system: You are a helpful assistant.
user:
Analyze the provided spectrum to determine if it is a **White Dwarf (WD)**.

A White Dwarf spectrum is defined by its **extreme purity** (due to gravitational settling) and/or **extreme pressure broadening** (due to high surface gravity). You must check for one of the following mutually exclusive signatures:

- **Key Visual Indicators (Check for ONE of these types):**

    - **1. DA-Type Signature (Most Common):**
        - **(Primary Feature):** Extreme pressure broadening (Stark broadening) of the **Hydrogen (H) Balmer lines**.
        - **(Key Lines):** $H\beta$ (approx. $4861$ Å) and $H\gamma$ (approx. $4340$ Å). $H\alpha$ (approx. $6563$ Å) will also be present if the wavelength range covers it.
        - **(Line Profile):** This is the **defining feature**. The lines are **NOT** sharp. They appear as massive, **extremely broad and deep "troughs" or "dips"** in the spectrum, often hundreds of Ångströms wide. The continuum will appear to "scoop" down at these wavelengths.
        - **(Distinction):** Normal A-type or B-type stars have *narrow* and *sharp* Hydrogen lines. A DA White Dwarf's lines are unmistakably "smeared" or "blurry" from pressure.

    - **2. DB-Type Signature:**
        - **(Primary Feature):** Broad absorption lines from **Neutral Helium (He I)**. The spectrum must lack any visible Hydrogen lines.
        - **(Key Lines):** Look for broad absorption near $4471$ Å, $4921$ Å, and $5876$ Å.
        - **(Line Profile):** These lines are also significantly pressure-broadened, appearing much wider than they would in a normal B-type main-sequence star.

    - **3. DC-Type Signature:**
        - **(Primary Feature):** A **featureless continuous spectrum**.
        - **(Line Profile):** The spectrum is a smooth curve with **no significant absorption or emission lines**.
        - **(Key Confirmation):** The continuum is almost always **blue or white**, indicating a hot object. This signature implies the atmosphere is so pure (or so cool) that no spectral lines are visible in the optical range. Its WD identity is confirmed by its extremely low intrinsic brightness (high absolute magnitude).

    - **4. DZ-Type Signature (Metal-Polluted):**
        - **(Primary Feature):** **Isolated, narrow metal absorption lines** on an otherwise featureless (DC-like) continuum.
        - **(Key Lines):** The **Calcium (Ca II) H & K doublet** (approx. **$3934$ Å** and **$3968$ Å**) is the most common and defining feature.
        - **(Line Profile):** These lines are "out of place." They are *not* part of a "forest" of thousands of lines. This signature is evidence of recent *accretion* (pollution) from rocky debris.
        - **(Distinction):** Normal G/K/M stars have a *dense forest* of thousands of metal lines. A DZ has a *clean* continuum with *only a few* strong metal lines.

    - **5. DQ-Type Signature (Carbon-Polluted):**
        - **(Primary Feature):** Absorption bands from **Carbon (C₂ "Swan Bands" or atomic C I)**.
        - **(Key Lines - C₂):** Look for bandheads with a "saw-tooth" shape near $5635$ Å, **$5165$ Å** (strongest), and $4737$ Å.
        - **(Key Confirmation):** The underlying **continuum must be blue or white** (hot).
        - **(Distinction):** This is the critical difference from a **Carbon Star**, which has the *exact same* C₂ bands but on an extremely **red, cool** continuum.

- **(Overall Spectrum):**
    - The continuum (overall shape) is typically **blue-sloping** (brighter in the blue than the red), as most white dwarfs are very hot.
    - The spectrum will look "pure" or "simple," dominated by only *one* of the five signatures listed above.

Think first, call **spectral_visualization_tool** if needed to examine features in detail, then provide your final answer. Your response must adhere to the following strict rules:
1.  **Overall Structure:** Your response must follow the format `<think>...</think> <tool_call>...</tool_call> (if a tool is used) <answer>...</answer>`.
2.  **Tool Usage Constraint:** You may only make **one** tool call per turn.
3.  **Final Answer Format:** In the `<answer>` tag, your conclusion must be inside a `\boxed{}` command (e.g., `\boxed{YES}` or `\boxed{NO}`), followed by your justification.

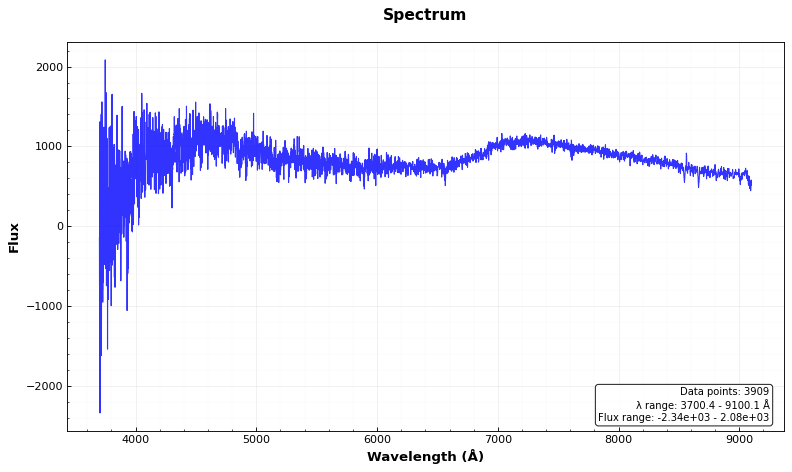
Answer: NO